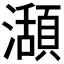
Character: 𤁪